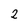
Character: 2